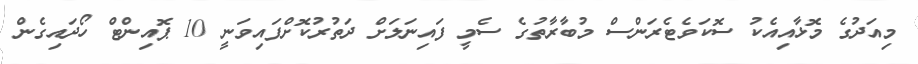
މިއަދުގެ މޮޅާއިއެކު ސޮކަވެޓެރަންސް މުބާރާތުގެ ސެމީ ފައިނަލަށް ދަތުރުކޮށްފައިވަނީ 10 ޕޮއިންޓް ހޯދައިގެން